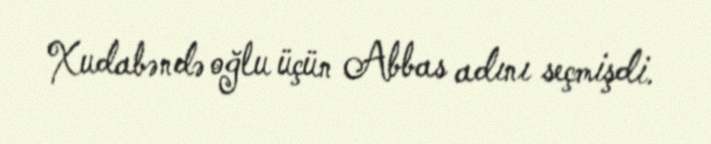
Xudabəndə oğlu üçün Abbas adını seçmişdi.